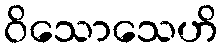
ဝိသောသေဟိ